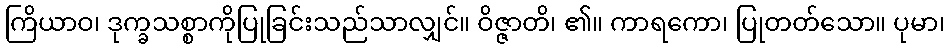
ကြိယာဝ၊ ဒုက္ခသစ္စာကိုပြုခြင်းသည်သာလျှင်။ ဝိဇ္ဇာတိ၊ ၏။ ကာရကော၊ ပြုတတ်သော။ ပုမာ၊